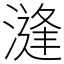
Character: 漨